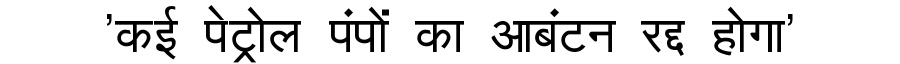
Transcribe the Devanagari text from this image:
'कई पेट्रोल पंपों का आबंटन रद्द होगा'